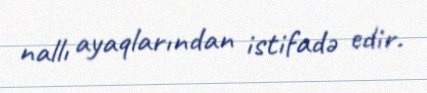
nallı ayaqlarından istifadə edir.